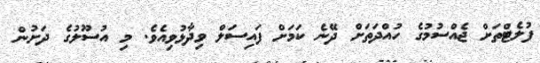
ފުލެޓްތަށް ޖެއްސުމުގެ ހުއްދަތަށް ދޭނެ ކަމަށް ފައިސަލް ވިދާޅުވިއެވެ. މި އުސޫލުގެ ދަށުން